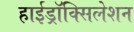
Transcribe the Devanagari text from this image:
हाईड्रॉक्सिलेशन